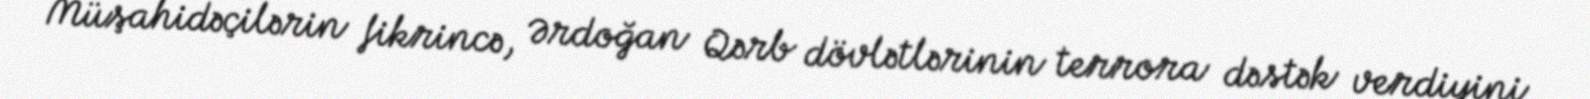
Müşahidəçilərin fikrincə, Ərdoğan Qərb dövlətlərinin terrora dəstək verdiyini